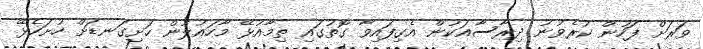
ވަރަށް ފަހުން ކުރެވުނު ދިރާސާއަކުން އެގިފައިވާ ގޮތުގައި ތިމާއުޅޭ މާހައުލުން ހަށިގަނޑަށް ހުށަހެޅޭ